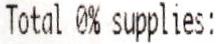
TOTAL 0% SUPPLIES: